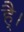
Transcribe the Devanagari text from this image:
है्।